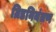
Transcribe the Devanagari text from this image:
ग्रिडनियंत्रण